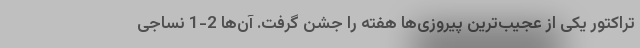
تراکتور یکی از عجیب‌ترین پیروزی‌ها هفته را جشن گرفت. آن‌ها 2-1 نساجی